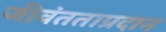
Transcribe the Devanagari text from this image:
जीवंतताप्रदान